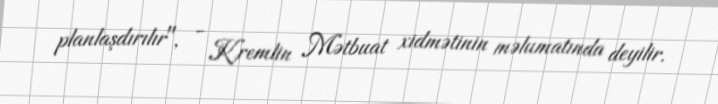
planlaşdırılır", - Kremlin Mətbuat xidmətinin məlumatında deyilir.